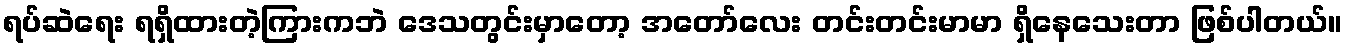
ရပ်ဆဲရေး ရရှိထားတဲ့ကြားကဘဲ ဒေသတွင်းမှာတော့ အတော်လေး တင်းတင်းမာမာ ရှိနေသေးတာ ဖြစ်ပါတယ်။